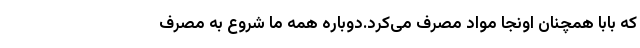
که بابا همچنان اونجا مواد مصرف می‌کرد.دوباره همه‌ ما شروع به مصرف